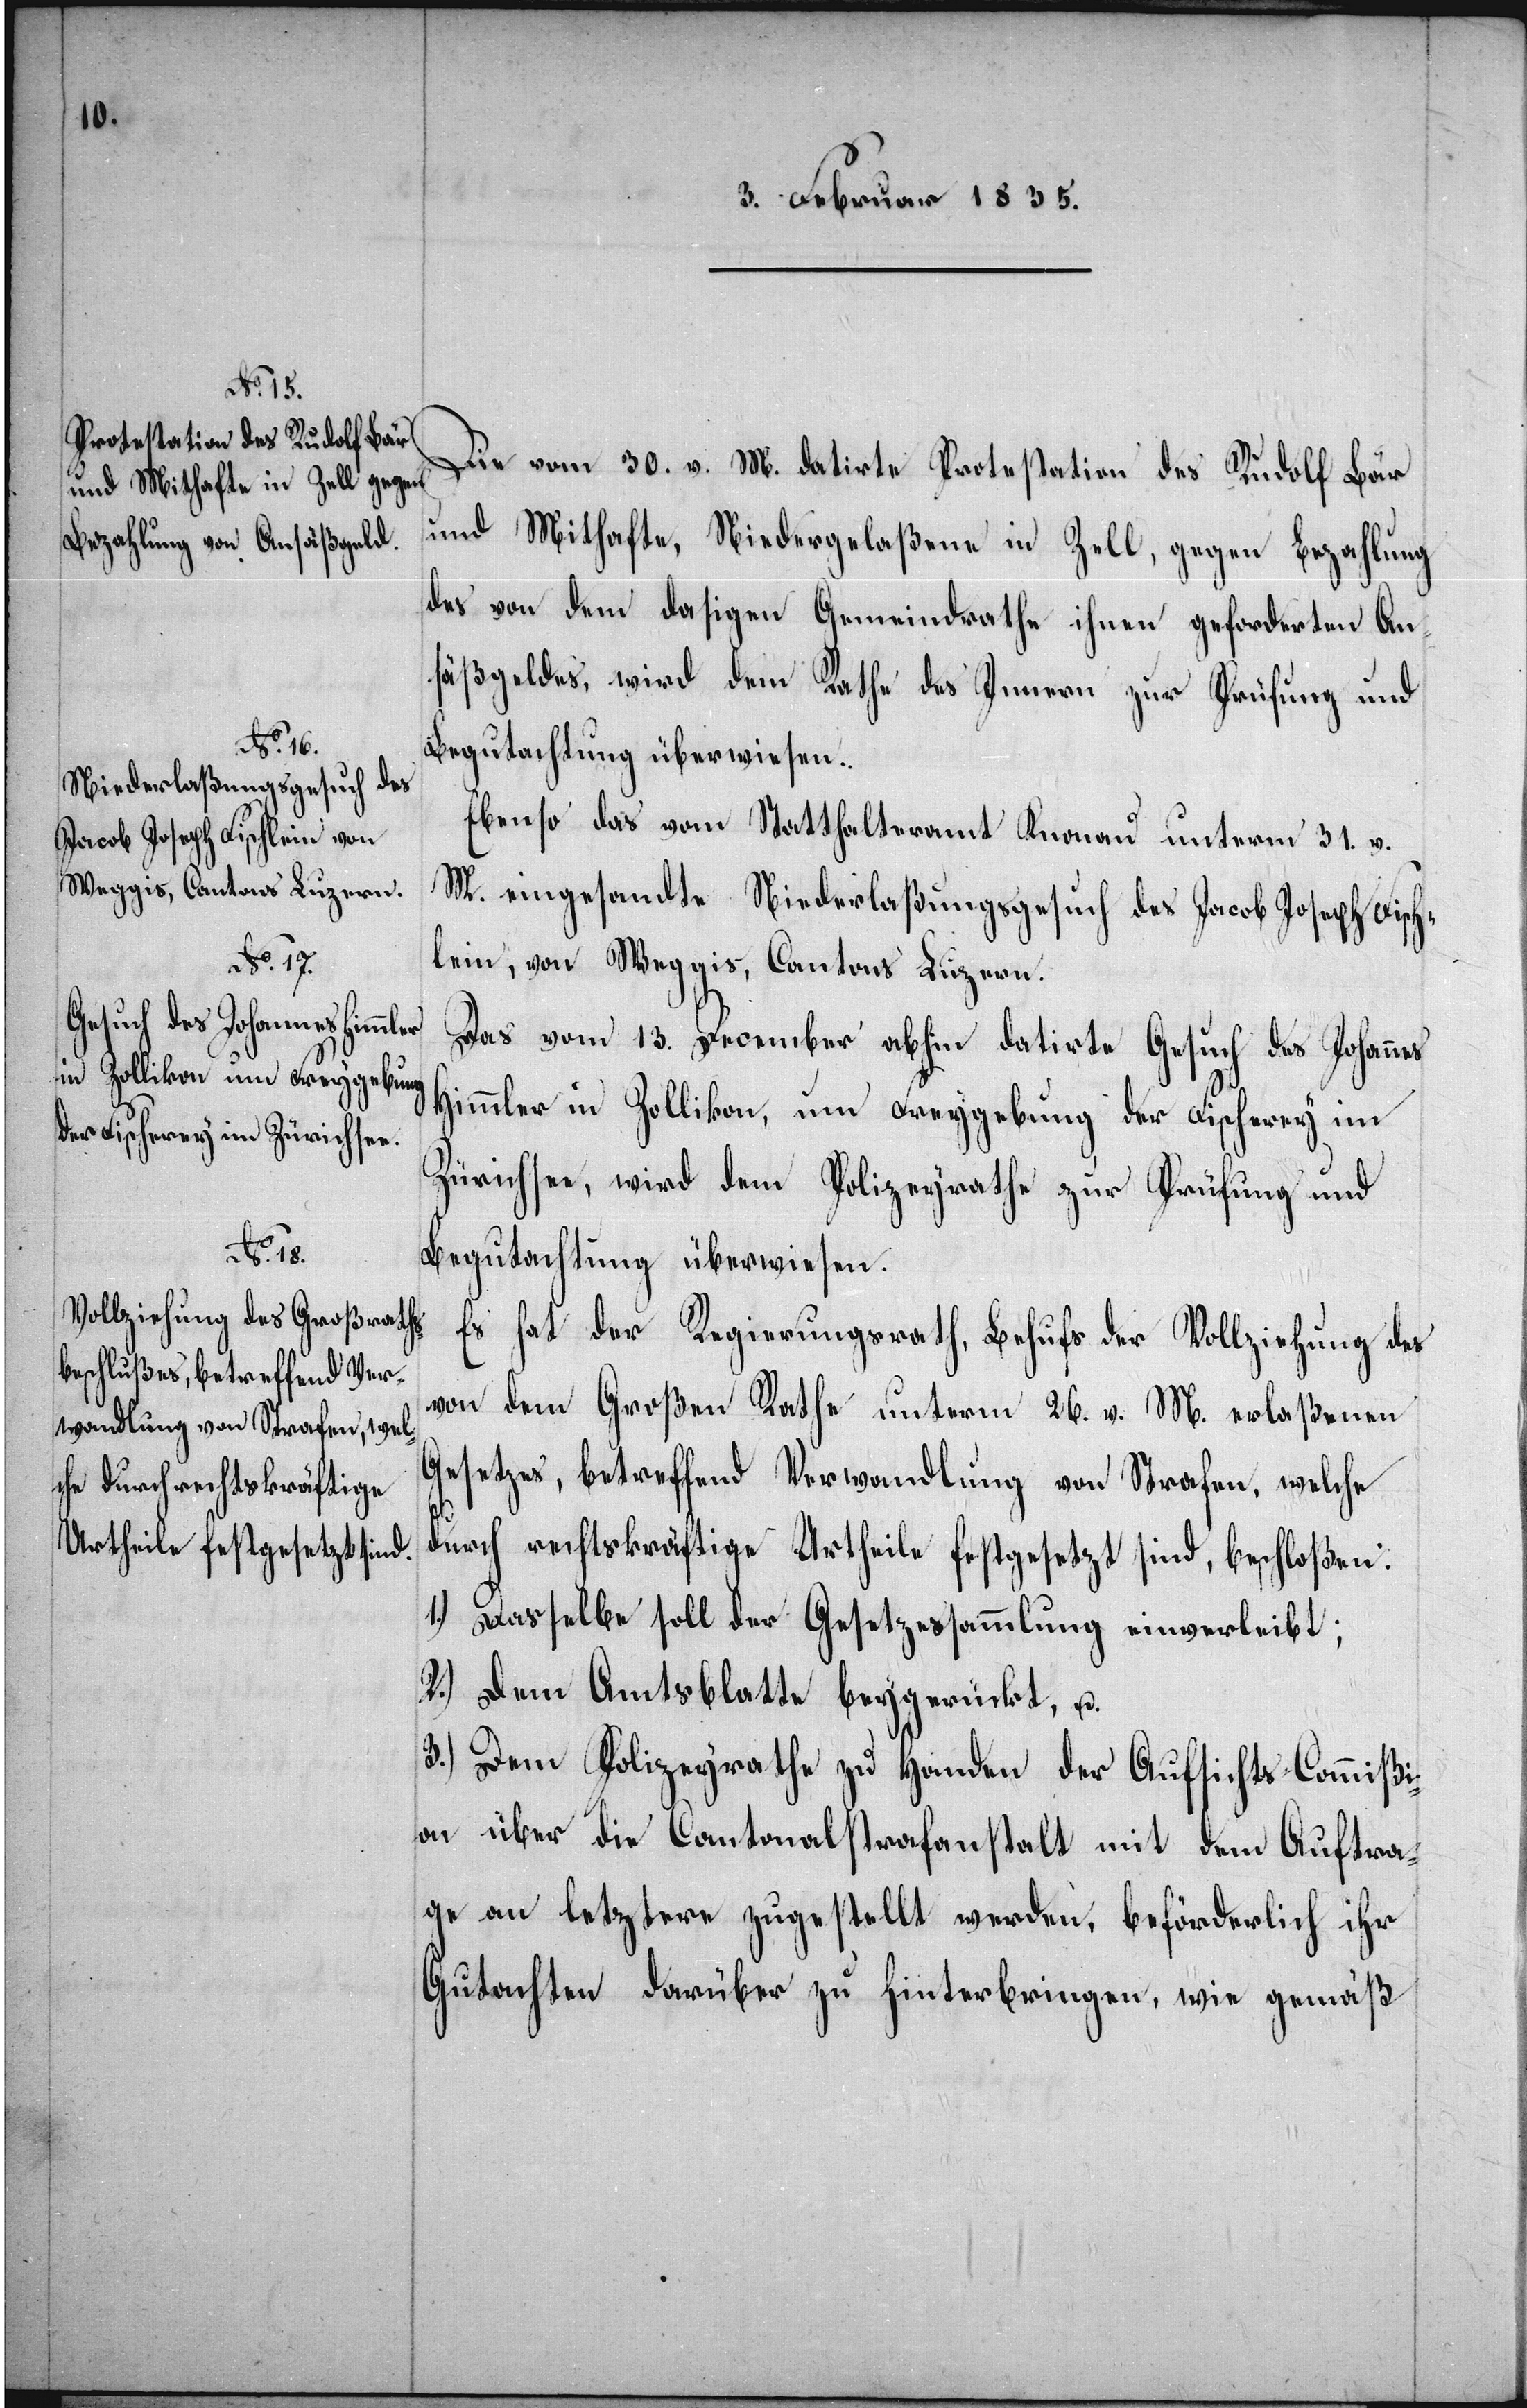
Die vom 30. v. M. datirte Protestation des Rudolf Bär
und Mithafte, Niedergelaßene in Zell, gegen Bezahlung
des von dem dasigen Gemeindrathe ihnen geforderten An¬
säßgeldes, wird dem Rathe des Innern zur Prüfung und
Begutachtung überwiesen.
Ebenso das vom Statthalteramt Knonau unterm 31. v.
M. eingesandte Niederlaßungsgesuch des Jacob Joseph Fisch¬
lein, von Weggis, Cantons Luzern.
Das vom 13. December abhin datirte Gesuch des Johannes
Himmler in Zollikon, um Freygebung der Fischerey im
Zürichsee, wird dem Policeyrathe zur Prüfung und
Begutachtung überwiesen.
Es hat der Regierungsrath, Behufs der Vollziehung des
von dem Großen Rathe unterm 26. v. M. erlaßenen
Gesetzes, betreffend Verwandlung von Strafen, welche
durch rechtskräftige Urtheile festgesetzt sind, beschloßen:
1.) Dasselbe soll der Gesetzessammlung einverleibt;
2.) dem Amtsblatte beygerückt, u.
3.) Dem Polizeyrathe zu Handen der Aufsichts-Commißi¬
on über die Cantonalstrafanstalt mit dem Auftra¬
ge an letztere zugestellt werden, beförderlich ihr
Gutachten darüber zu hinterbringen, wie gemäß